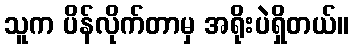
သူက ပိန်လိုက်တာမှ အရိုးပဲရှိတယ်။